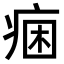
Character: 𭼐